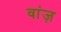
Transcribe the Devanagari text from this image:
वांज़